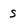
Character: s